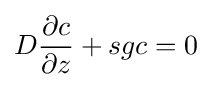
D{\frac {\partial c}{\partial z}}+sgc=0